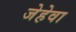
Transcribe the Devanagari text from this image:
जेहेवा